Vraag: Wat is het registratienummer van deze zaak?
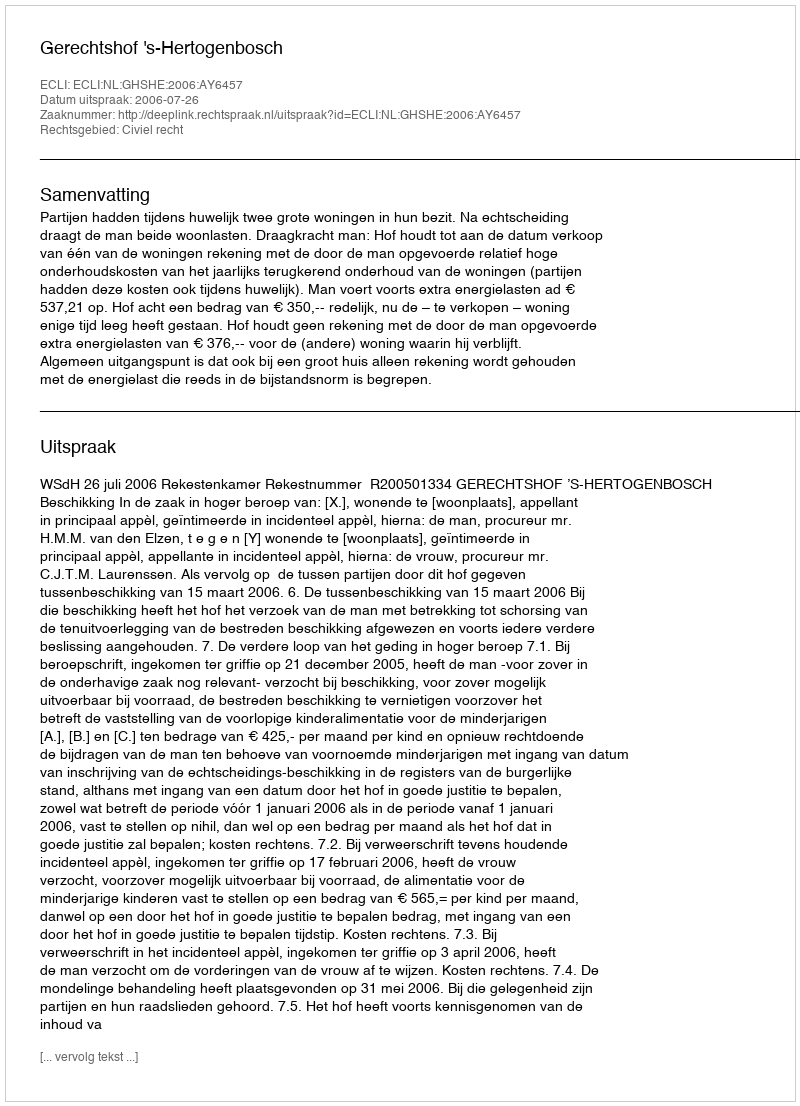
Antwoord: http://deeplink.rechtspraak.nl/uitspraak?id=ECLI:NL:GHSHE:2006:AY6457